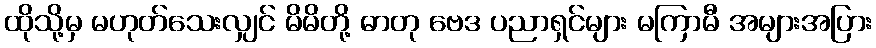
ထိုသို့မှ မဟုတ်သေးလျှင် မိမိတို့ ဓာတု ဗေဒ ပညာရှင်များ မကြာမီ အများအပြား